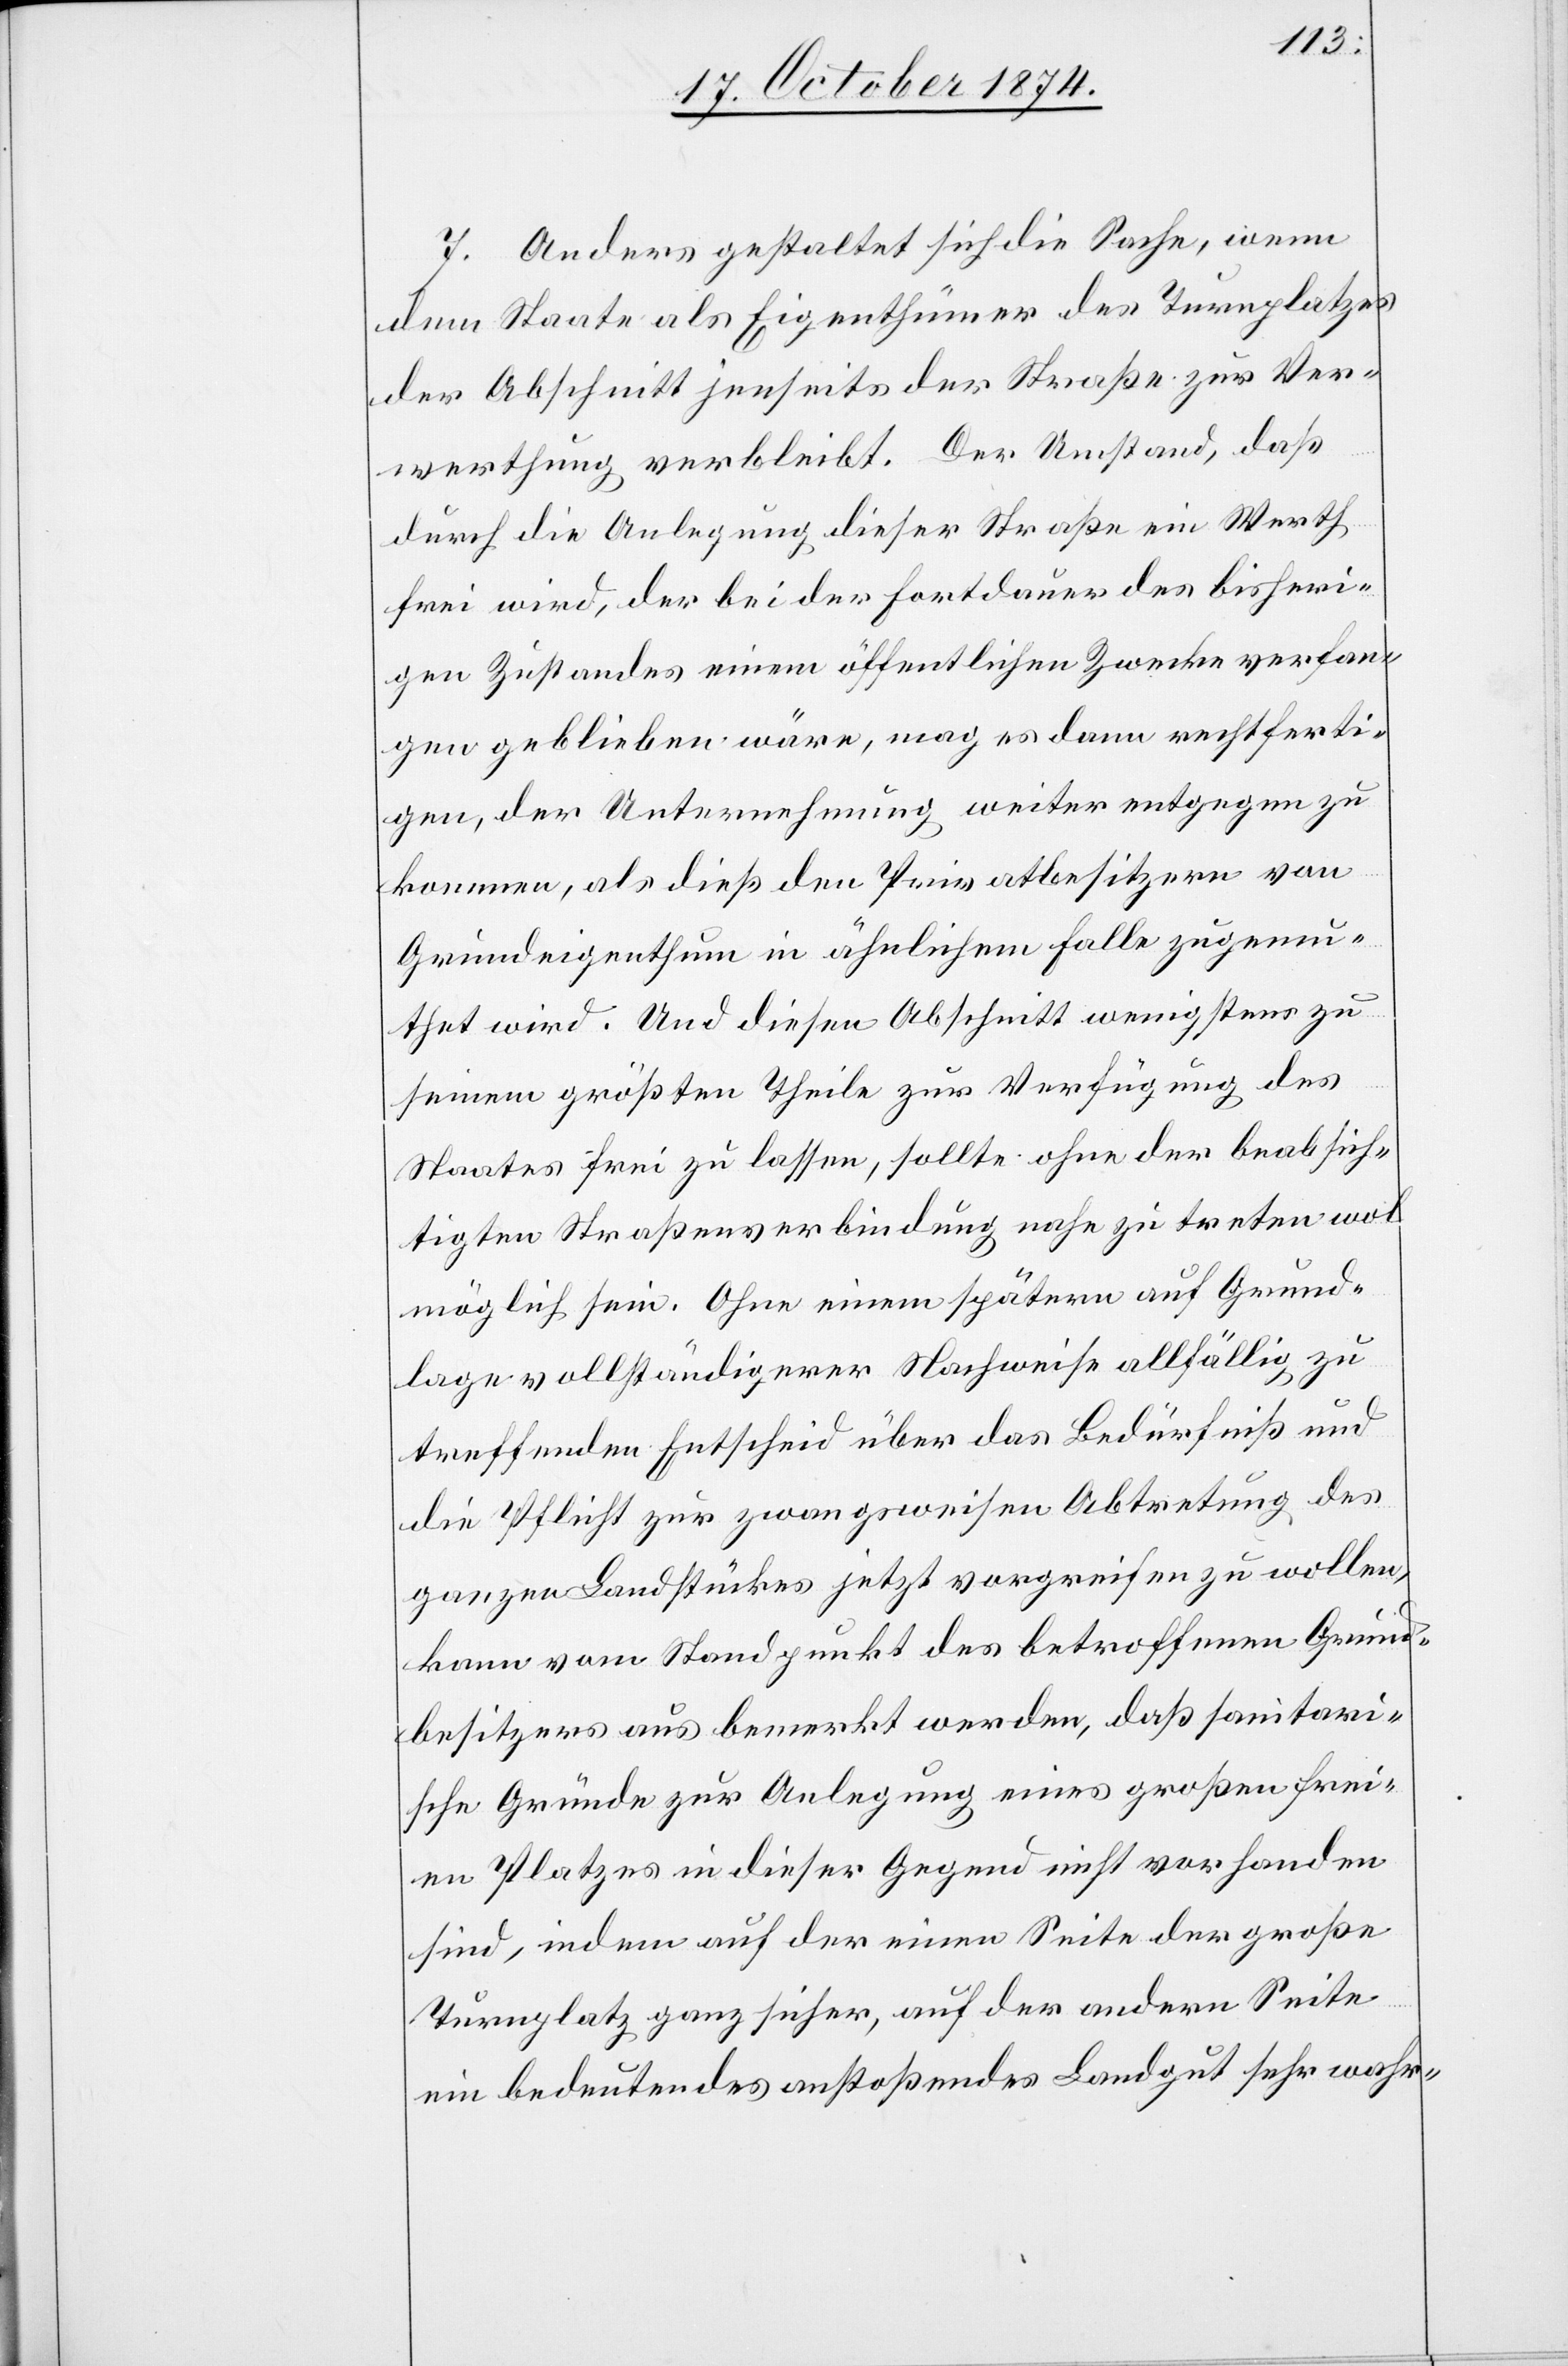
7. Anders gestaltet sich die Sache, wenn
dem Staate als Eigenthümer des Turnplatzes
der Abschnitt jenseits der Straße zu Ver¬
werthung verbleibt. Der Umstand, daß
durch die Anlegung dieser Straße ein Werth
frei wird, der bei der Fortdauer des bisheri¬
gen Zustandes einem öffentlichen Zwecke verfan¬
gen geblieben wäre, mag es dann rechtferti¬
gen, der Unternehmung weiter entgegen zu
kommen, als dieß den Privatbesitzern von
Grundeigenthum in ähnlichem Falle zugemu¬
thet wird. Und diesen Abschnitt wenigstens zu
seinem größten Theile zur Verfügung des
Staates frei zu lassen, sollte ohne der beabsich¬
tigten Straßenverbindung nahe zu treten wol
möglich sein. Ohne einem spätern auf Grund¬
lage vollständigerer Nachweise allfällig zu
treffenden Entscheid über das Bedürfniß und
die Pflicht zur zwangsweisen Abtretung des
ganzen Landstückes jetzt vorgreifen zu wollen,
kann vom Standpunkt des betroffenen Grund¬
besitzers aus bemerkt werden, daß sanitari¬
sche Gründe zur Anlegung eines großen frei¬
en Platzes in dieser Gegend nicht vorhanden
sind, indem auf der einen Seite der große
Turnplatz ganz sicher, auf der andern Seite
ein bedeutendes anstoßendes Landgut sehr wahr-